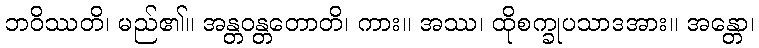
ဘဝိဿတိ၊ မည်၏။ အန္တဝန္တတောတိ၊ ကား။ အဿ၊ ထိုစက္ခုပသာဒအား။ အန္တော၊